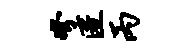
弩匿丙